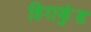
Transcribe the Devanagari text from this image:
हिराकुंड